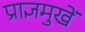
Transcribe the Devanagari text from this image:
प्राज्ञमुखें